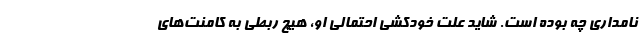
نامداری چه بوده است. شاید علت خودکشی احتمالی او، هیچ ربطی به کامنت‌های